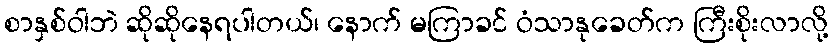
စာနှစ်ဝါဘဲ ဆိုဆိုနေရပါတယ်၊ နောက် မကြာခင် ဝံသာနုခေတ်က ကြီးစိုးလာလို့